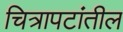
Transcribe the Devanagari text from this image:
चित्रापटांतील